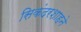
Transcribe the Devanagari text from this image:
सिकंदरशाहने